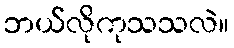
ဘယ်လိုကုသသလဲ။